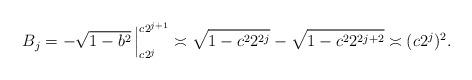
LaTeX: \begin{align*}B_j = -\sqrt{1-b^2} \, \Big|_{c2^j}^{c2^{j+1}} \asymp \sqrt{1 - c^2 2^{2j}} - \sqrt{1 - c^2 2^{2j+2}} \asymp (c2^j)^2.\end{align*}